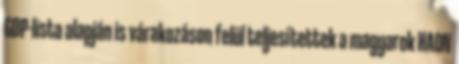
GDP-lista alapján is várakozáson felül teljesítettek a magyarok HAON